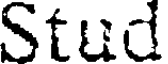
Stud